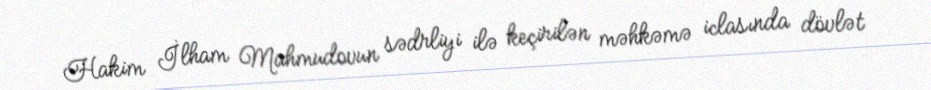
Hakim İlham Mahmudovun sədrliyi ilə keçirilən məhkəmə iclasında dövlət